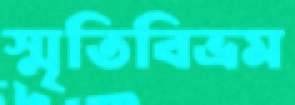
স্মৃতিবিভ্রম